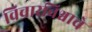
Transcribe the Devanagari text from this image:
विचारविश्वाचे